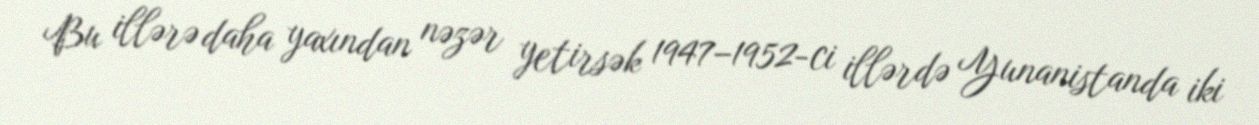
Bu illərə daha yaxından nəzər yetirsək 1947–1952-ci illərdə Yunanistanda iki